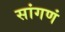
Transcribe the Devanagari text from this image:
सांगणं